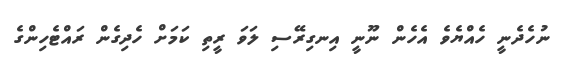
ނުހެދެނީ ހެއްޔެވެ އެހެން ނޫނީ އިނގިރޭސި ލަވަ ރީތި ކަމަށް ހެދިގެން ރައްޓެހިންގެ